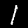
Label: 1